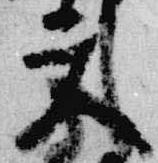
天